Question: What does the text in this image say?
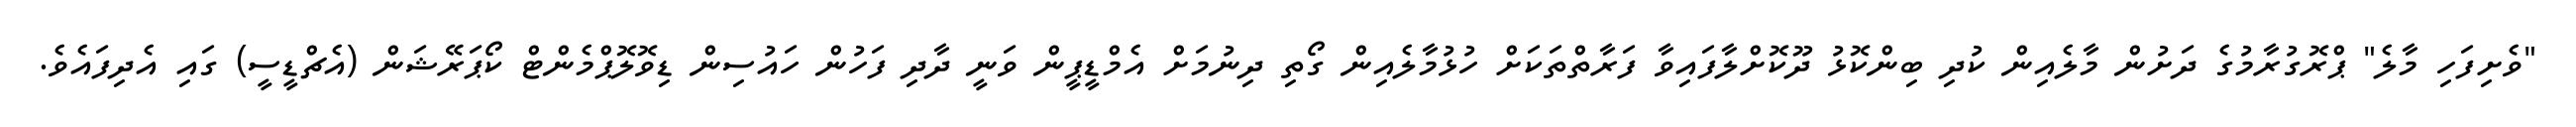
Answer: "ވެށިފަހި މާލެ" ޕްރޮގުރާމުގެ ދަށުން މާލެއިން ކުދި ބިންކޮޅު ދޫކޮށްލާފައިވާ ފަރާތްތަކަށް ހުޅުމާލެއިން ގޯތި ދިނުމަށް އެމްޑީޕީން ވަނީ ދާދި ފަހުން ހައުސިން ޑިވޮލޮޕްމެންޓް ކޯޕަރޭޝަން (އެޗްޑީސީ) ގައި އެދިފައެވެ.